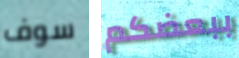
سوف ببعضكم